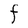
Character: F